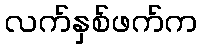
လက်နှစ်ဖက်က